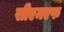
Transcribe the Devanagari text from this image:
सीएमएफ